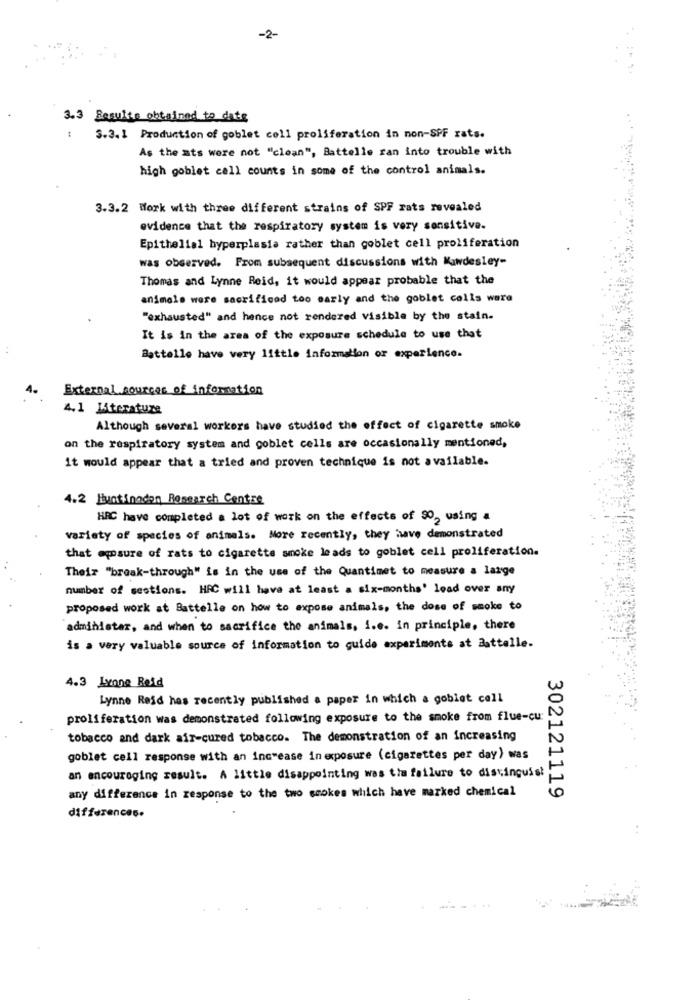
-2-
3.3 Results obtained to date
S.3. 1 Production of goblet coll proliferation in non-SPF rats.
As the ats were not "clean", Battelle ran into trouble with
high goblet call counts in some of the control animals.
3.3.2 Work with three different strains of SPF rats revealed
evidence that the respiratory system is very sensitive.
Epithelial hyperplasia rather than goblet cell proliferation
was observed. From subsequent discussions with Mawdesley-
Thomas and Lynne Reid, it would appear probable that the
animals were sacrificed too early and the goblet colls ware
"exhausted" and hence not rendered visible by the stain.
It is in the area of the exposure schedule to use that
Battelle have very little information or experience.
External sources of information
4.1 Literature
Although several workers have studied the effect of cigarette smoke
on the respiratory system and coblet cells are occasionally mentioned,
it would appear that a tried and proven technique is not available.
4.2 Huntinadon Research Centre
HRC have completed a lot of work on the effects of 90, using a
variety of species of animals. More recently, they have demonstrated
that eposure of rats to cigarette smoke leads to goblet cell proliferation.
Their "break-through" is in the use of the Quantimet to measure a large
number of sestions. HAC will have at least a six-months' lead over any
proposed work at Battelle on how to expose animals, the dose of smoke to
administar, and when to sacrifice the animals, i.e. in principle, there
is a very valuable source of information to guide experiments at Battelle.
4.3 Lxone Reid
Lynne Reid has recently published a paper in which a goblet call
proliferation was demonstrated following exposure to the smoke from flue-cu:
tobacco and dark air-cured tobacco. The demonstration of an increasing
goblet cell response with an increase in exposure (cigarettes per day) was
an encouraging result. A little disappointing was tia failure to distinguish
any difference in response to the two smokes which have marked chemical
302121119
differences.